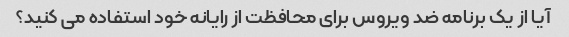
آیا از یک برنامه ضد ویروس برای محافظت از رایانه خود استفاده می کنید؟